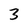
Character: 3